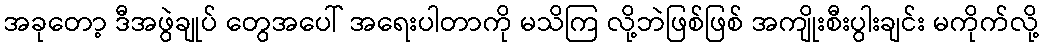
အခုတော့ ဒီအဖွဲချုပ် တွေအပေါ် အရေးပါတာကို မသိကြ လို့ဘဲဖြစ်ဖြစ် အကျိုးစီးပွါးချင်း မကိုက်လို့